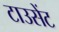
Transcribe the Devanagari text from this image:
टाउसेंट